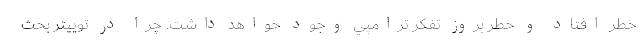
خطر افتاد و خطر بروز تفكر ترامپي وجود خواهد داشت. چرا در توییتر بحث